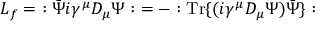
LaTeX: { \cal L } _ { f } = \ : \bar { \Psi } i \gamma ^ { \mu } { \cal D } _ { \mu } \Psi : \ = - : \mathrm { T r } \{ ( i \gamma ^ { \mu } { \cal D } _ { \mu } \Psi ) { \bar { \Psi } } \} :